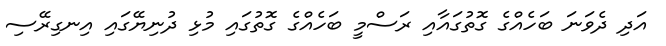
އަދި ދެވަނަ ބަހެއްގެ ގޮތުގައާއި ރަސްމީ ބަހެއްގެ ގޮތުގައި މުޅި ދުނިޔޭގައި އިނގިރޭސި